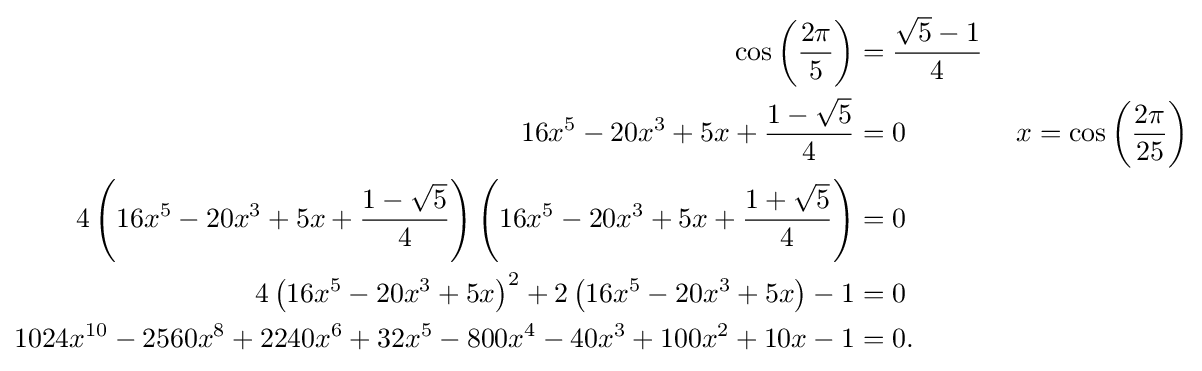
{\begin{aligned}\cos \left({\frac {2\pi }{5}}\right)&={\frac {{\sqrt {5}}-1}{4}}\\16x^{5}-20x^{3}+5x+{\frac {1-{\sqrt {5}}}{4}}&=0\qquad \qquad x=\cos \left({\frac {2\pi }{25}}\right)\\4\left(16x^{5}-20x^{3}+5x+{\frac {1-{\sqrt {5}}}{4}}\right)\left(16x^{5}-20x^{3}+5x+{\frac {1+{\sqrt {5}}}{4}}\right)&=0\\4\left(16x^{5}-20x^{3}+5x\right)^{2}+2\left(16x^{5}-20x^{3}+5x\right)-1&=0\\1024x^{10}-2560x^{8}+2240x^{6}+32x^{5}-800x^{4}-40x^{3}+100x^{2}+10x-1&=0.\end{aligned}}